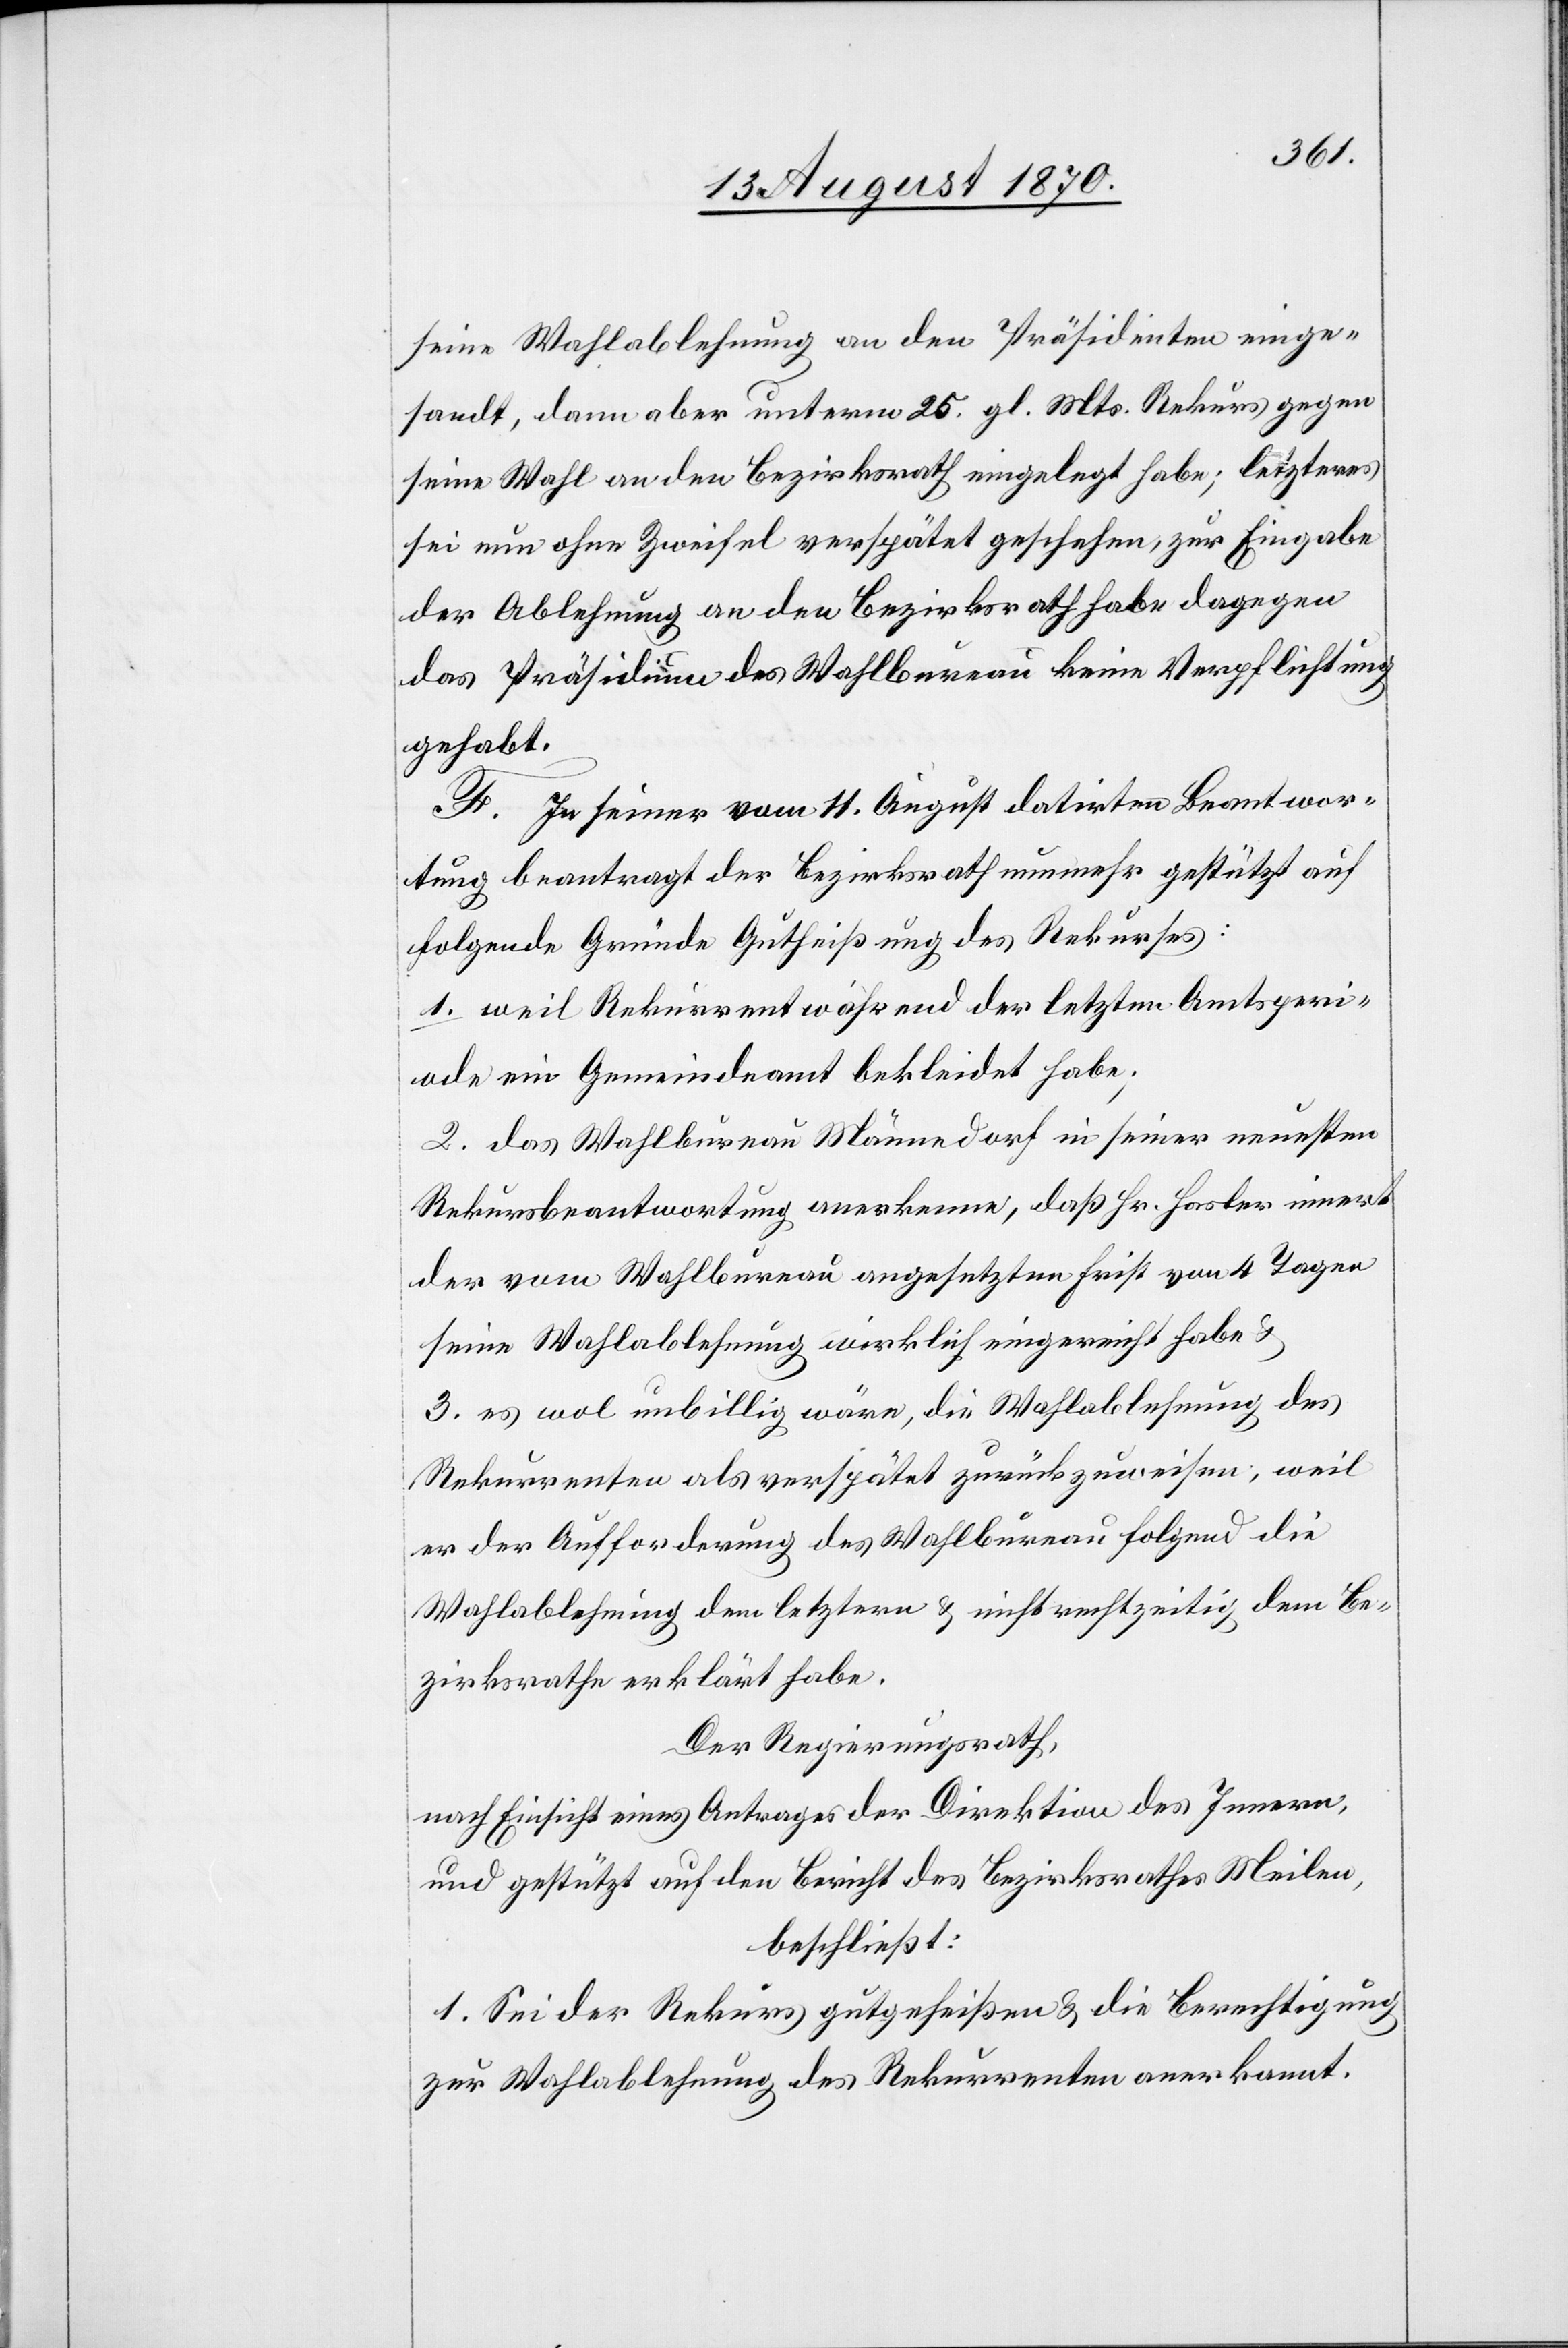
seine Wahlablehnung an den Präsidenten einge¬
sandt, dann aber unterm 25. gl. Mts. Rekurs gegen
seine Wahl an den Bezirksrath eingelegt habe; letzteres
sei nun ohne Zweifel verspätet geschehen, zur Eingabe
der Ablehnung an den Bezirksrath habe dagegen
das Präsidium des Wahlbureau keine Verpflichtung
gehabt.
F. In seiner vom 11. August datirten Beantwor¬
tung beantragt der Bezirksrath nunmehr gestützt auf
folgende Gründe Gutheißung des Rekurses:
1. weil Rekurrent während der letzten Amtsperi¬
ode ein Gemeindsamt bekleidet habe;
2. das Wahlbureau Männedorf in seiner neuesten
Rekursbeantwortung anerkenne, daß Hr. Hasler innert
der vom Wahlbureau angesetzten Frist von 4 Tagen
seine Wahlablehnung wirklich eingereicht habe &
3. es wol unbillig wäre, die Wahlablehnung des
Rekurrenten als verspätet zurückzuweisen, weil
er der Aufforderung des Wahlbureau folgend die
Wahlablehnung dem letztern & nicht rechtzeitig dem Be¬
zirksrathe erklärt habe.
Der Regierungsrath,
nach Einsicht eines Antrages der Direktion des Innern,
und gestützt auf den Bericht des Bezirksrathes Meilen,
beschließt:
1. Sei der Rekurs gutgeheißen & die Berechtigung
zur Wahlablehnung des Rekurrenten anerkannt.